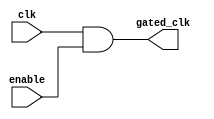
module clock_gating (
    input wire clk,        // Primary clock signal
    input wire enable,     // Enable signal
    output wire gated_clk  // Gated clock signal
);

// Generate gated clock signal using AND gate
assign gated_clk = clk & enable;

endmodule